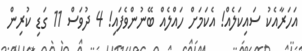
އަހަރާއެކު ސައިކަލެއް! އެކަމަށް ހައްލެއް ބޭނުންވެފައި! 4 ދުވަސް 11 ގަޑި ކުރިން